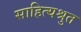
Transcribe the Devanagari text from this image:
साहित्यश्रुत